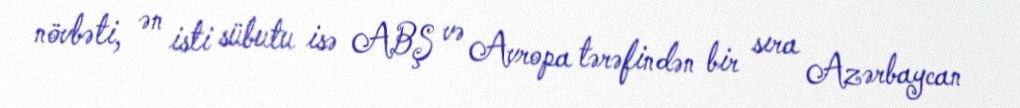
növbəti, ən isti sübutu isə ABŞ və Avropa tərəfindən bir sıra Azərbaycan